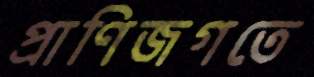
প্রাণিজগতে